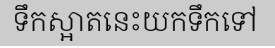
ទឹកស្អាតនេះយកទឹកទៅ